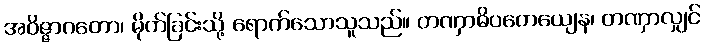
အဝိဇ္ဇာဂတော၊ မိုက်ခြင်းသို့ ရောက်သောသူသည်။ တဏှာဓိပတေယျေန၊ တဏှာလျှင်